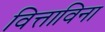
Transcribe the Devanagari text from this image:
वित्ताविना